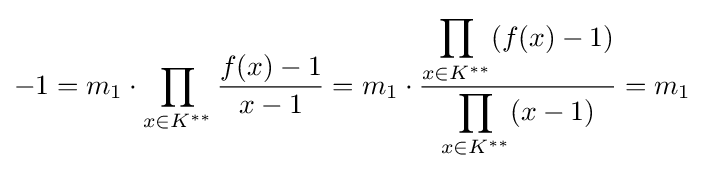
-1=m_{1}\cdot \prod _{x\in K^{**}}{\frac {f(x)-1}{x-1}}=m_{1}\cdot {\frac {\displaystyle \prod _{x\in K^{**}}(f(x)-1)}{\displaystyle \prod _{x\in K^{**}}(x-1)}}=m_{1}\;